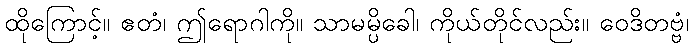
ထိုကြောင့်။ ဧတံ၊ ဤရောဂါကို။ သာမမ္ပိခေါ၊ ကိုယ်တိုင်လည်း။ ဝေဒိတဗ္ဗံ၊